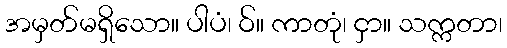
အမှတ်မရှိသော။ ပါပံ၊ ဝ်။ ကာတုံ၊ ငှာ။ သက္ကတာ၊